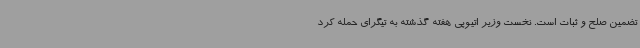
تضمین صلح و ثبات است. نخست وزیر اتیوپی هفته گذشته به تیگرای حمله کرد